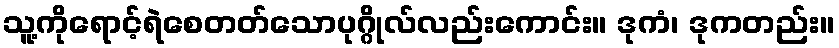
သူ့ကိုရောင့်ရဲစေတတ်သောပုဂ္ဂိုလ်လည်းကောင်း။ ဒုကံ၊ ဒုကတည်း။